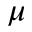
\mu